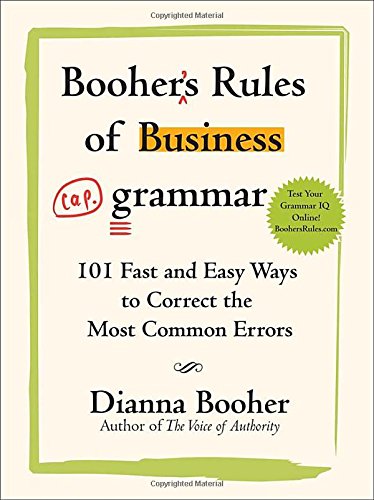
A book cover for Booher's Rules of Business Grammar: 101 Fast and Easy Ways to Correct the Most Common Errors; Dianna Booher; Business & Money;